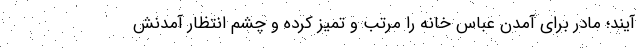
آیند؛ مادر برای آمدن عباس خانه را مرتب و تمیز کرده و چشم انتظار آمدنش